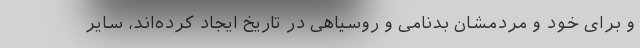
و برای خود و مردمشان بدنامی و روسیاهی در تاریخ ایجاد کرده‌اند، سایر